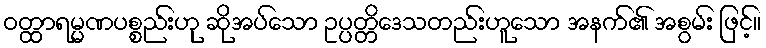
ဝတ္ထာရမ္မဏပစ္စည်းဟု ဆိုအပ်သော ဥပ္ပတ္တိဒေသတည်းဟူသော အနက်၏ အစွမ်း ဖြင့်။